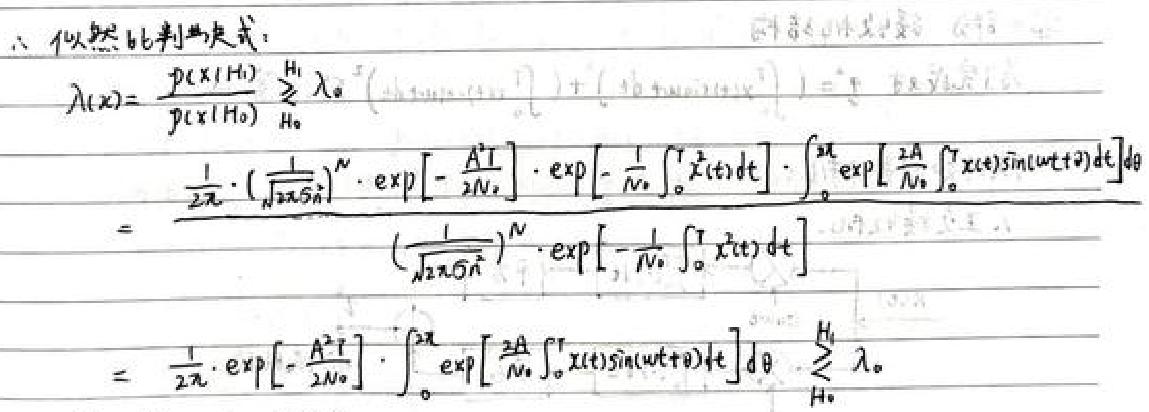
似然比判决式：
\begin{align*}
\Lambda(x)&=\frac{p(x|H_1)}{p(x|H_0)}\underset{H_0}{\overset{H_1}{\gtreqless}}\lambda_0\\
&=\frac{\frac{1}{2\pi}\cdot(\frac{1}{\sqrt{2\pi\sigma_n^2}})^N\cdot\exp[-\frac{A^2T}{2N_0}]\cdot\exp[-\frac{1}{N_0}\int_{0}^{T}x^2(t)dt]\cdot\int_{0}^{2\pi}\exp[\frac{2A}{N_0}\int_{0}^{T}x(t)\sin(\omega t+\theta)dt]d\theta}{(\frac{1}{\sqrt{2\pi\sigma_n^2}})^N\cdot\exp[-\frac{1}{N_0}\int_{0}^{T}x^2(t)dt]}\\
&=\frac{1}{2\pi}\cdot\exp[-\frac{A^2T}{2N_0}]\cdot\int_{0}^{2\pi}\exp[\frac{2A}{N_0}\int_{0}^{T}x(t)\sin(\omega t+\theta)dt]d\theta\underset{H_0}{\overset{H_1}{\gtreqless}}\lambda_0
\end{align*}